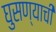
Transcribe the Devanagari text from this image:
घुसण्याची